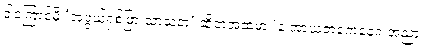
ဒါကြောင့်မို့ ‘အံ့ဖွယ်ရှစ်ဖြာ သာသနာ’ ဆိုတဲ့အထဲမှာ ‘န အာယတကေနေဝ အညာ